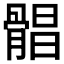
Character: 𩩫